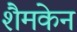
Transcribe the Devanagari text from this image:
शैमकेन